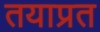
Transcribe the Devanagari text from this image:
तयाप्रत